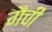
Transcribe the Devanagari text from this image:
गैची